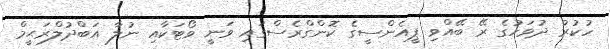
ހުކުރު ދުވަހުގެ ރޭ ބޭއްވި ޕީއެންސީގެ ކޮންގްރެސްގައި ވަނީ ވޯޓަކާއި ނުލާ އަބްދުލްރަޙީމް